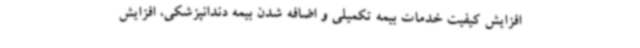
افزایش کیفیت خدمات بیمه تکمیلی و اضافه شدن بیمه دندانپزشکی، افزایش